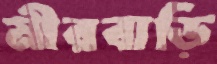
মীরবাড়ি